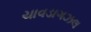
ચાવડાગઝલ